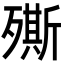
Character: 𣩠